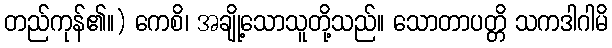
တည်ကုန်၏။) ကေစိ၊ အချို့သောသူတို့သည်။ သောတာပတ္တိ သကဒါဂါမိ